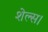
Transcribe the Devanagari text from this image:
शेल्स।